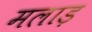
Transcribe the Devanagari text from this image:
मलाड़